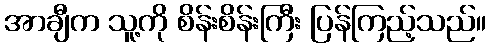
အာချီက သူ့ကို စိန်းစိန်းကြီး ပြန်ကြည့်သည်။